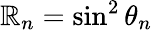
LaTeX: \mathbb{R}_{n}=\sin^{2}\theta_{n}